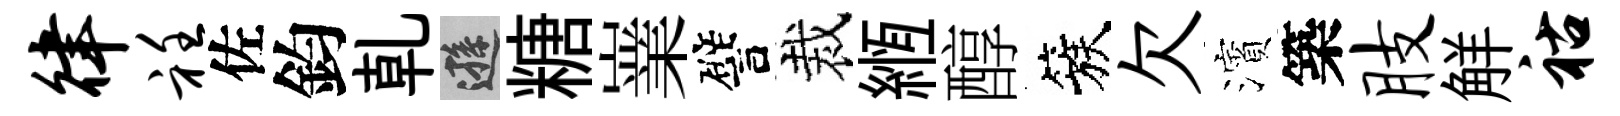
律衽佐鈞乹遜糖嶪譬裁縆醇簇欠濱築肢觧祜